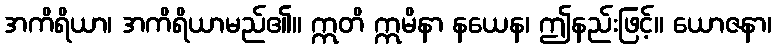
အကိရိယာ၊ အကိရိယာမည်၏။ ဣတိ ဣမိနာ နယေန၊ ဤနည်းဖြင့်။ ယောဇနာ၊